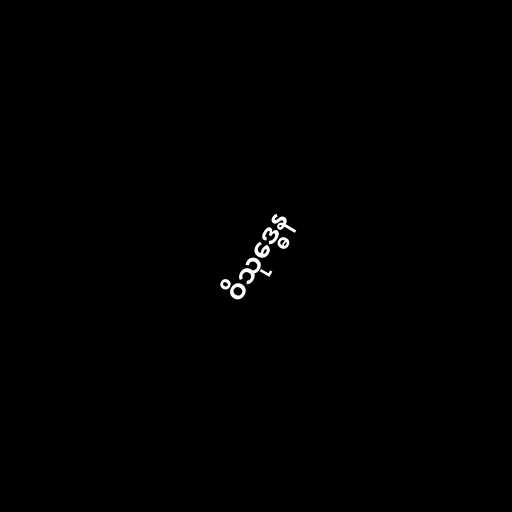
ဝိသုဒ္ဓေန